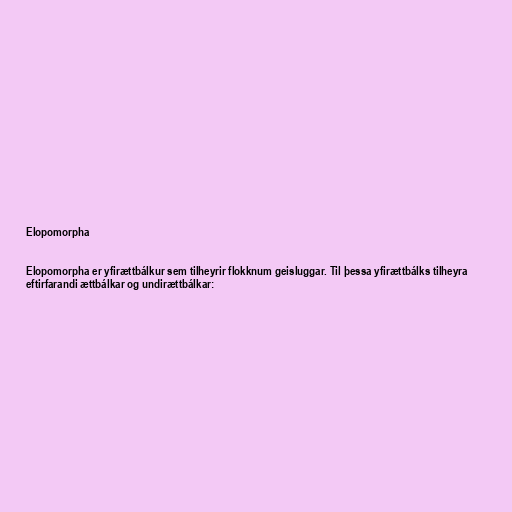
Elopomorpha

Elopomorpha er yfirættbálkur sem tilheyrir flokknum geisluggar. Til þessa yfirættbálks tilheyra
eftirfarandi ættbálkar og undirættbálkar: